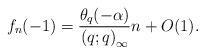
LaTeX: \begin{align*} f_{n}(-1)=\frac{\theta_{q}(-\alpha)}{\left(q;q\right)_{\infty}}n+O(1). \end{align*}